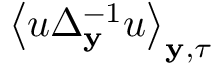
\left\langle u \Delta _ { \mathbf { y } } ^ { - 1 } u \right\rangle _ { \mathbf { y } , \tau }